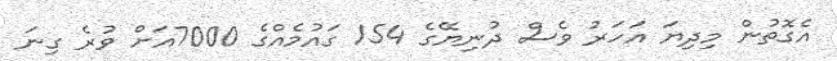
އެގޮތުން މިދިޔަ އަހަރު ވެސް ދުނިޔޭގެ 154 ގައުމެއްގެ 7000އަށް ވުރެ ގިނަ